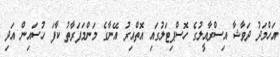
އަހްމަދު ދަވާޝާ އިސްރާއީލުގެ ހޮސްޕިޓަލުގައި އޮތްއިރު އޭނާގެ މަންމަފަރާތު ކާފަ ހުސައިން އަދި